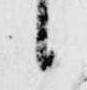
候